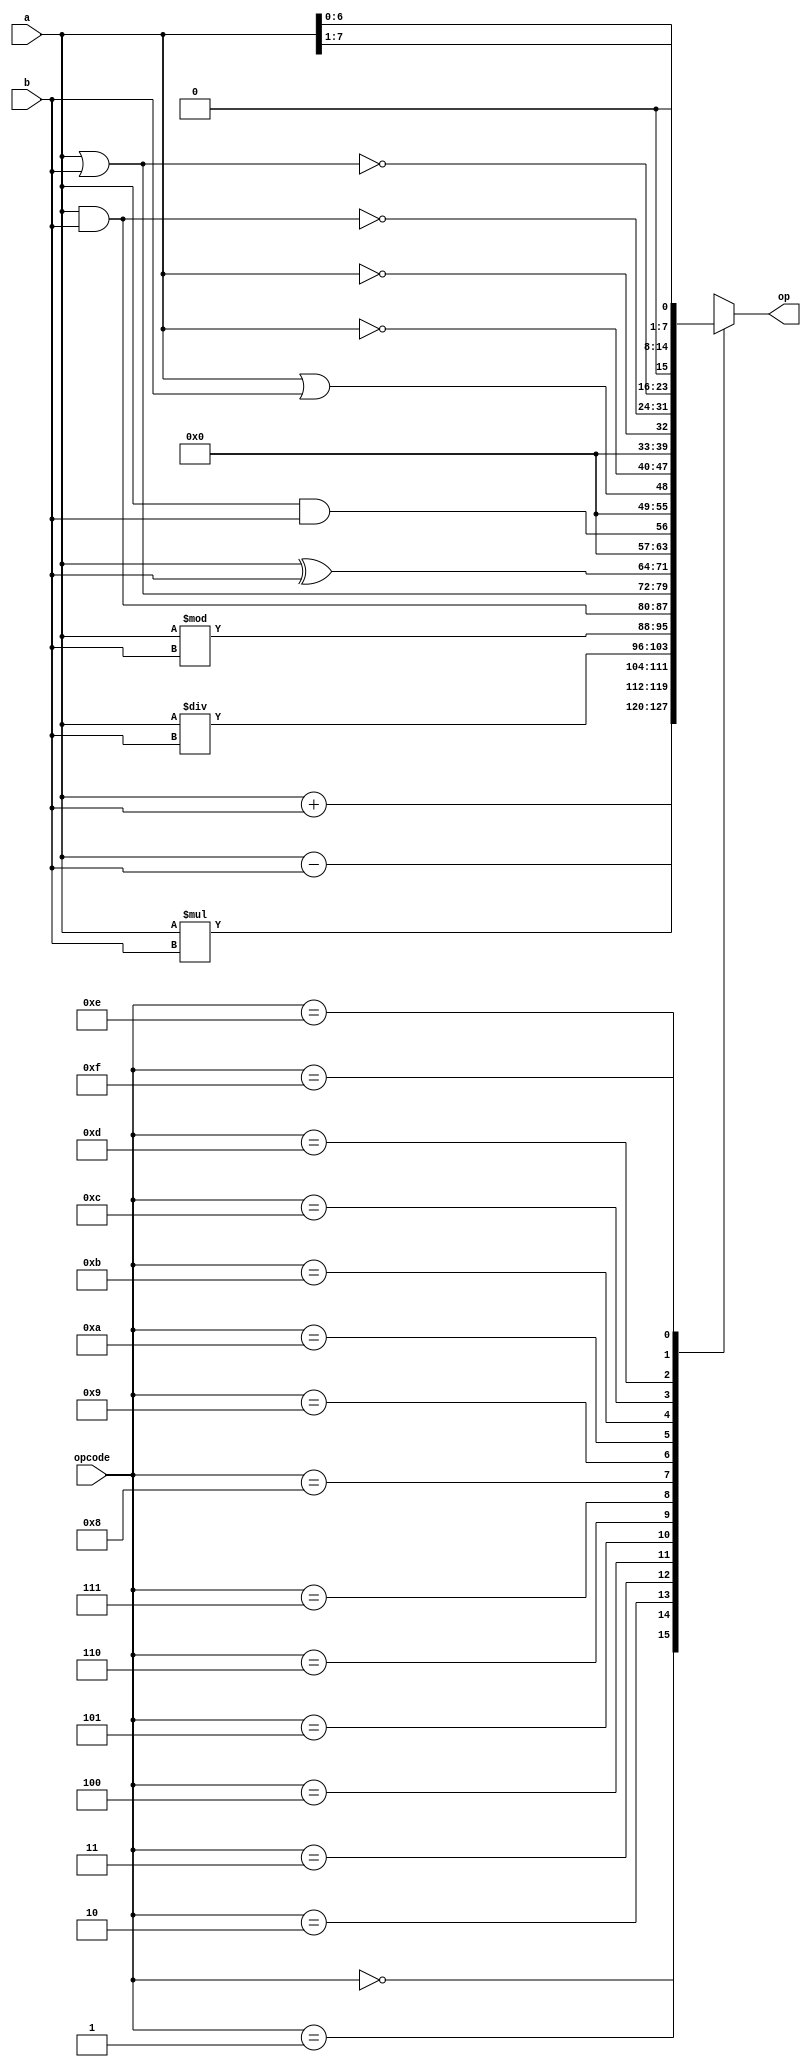
`timescale 1ns / 1ps
//////////////////////////////////////////////////////////////////////////////////
// Module: ALU - Arithmetic and Logic Unit
//
// Description: 
// -----------------------------------------------------------
// | 0000 | Addition
// -----------------------------------------------------------
// | 0001 | Substraction
// -----------------------------------------------------------
// | 0010 | Multiplication
// -----------------------------------------------------------
// | 0011 | Division
// -----------------------------------------------------------
// | 0100 | Modulo
// -----------------------------------------------------------
// | 0101 | Bit-Wise AND
// -----------------------------------------------------------
// | 0110 | Bit-Wise OR
// -----------------------------------------------------------
// | 0111 | Bit-Wise XOR
// -----------------------------------------------------------
// | 1000 | AND
// -----------------------------------------------------------
// | 1001 | OR
// -----------------------------------------------------------
// | 1010 | Bit-Wise Invert
// -----------------------------------------------------------
// | 1011 | Invert
// -----------------------------------------------------------
// | 1100 | Bit-Wise NAND
// -----------------------------------------------------------
// | 1101 | Bit-Wise NOR
// -----------------------------------------------------------
// | 1110 | Right Shift
// -----------------------------------------------------------
// | 1111 | Left Shift
// -----------------------------------------------------------
//
//////////////////////////////////////////////////////////////////////////////////
module ALU(op, a, b, opcode);

output reg [7:0] op;
input [7:0] a, b;
input [3:0] opcode;

always @(*)
begin
case (opcode)
	4'b0000:
		begin
		op = a + b;
		$display("Addition Operation: %d%d%d%d", opcode[3], opcode[2], opcode[1], opcode[0]);
		end
	4'b0001:
		begin
		op = a - b;
		$display("Substraction Operation: %d%d%d%d", opcode[3], opcode[2], opcode[1], opcode[0]);
		end
	4'b0010:
		begin
		op = a * b;
		$display("Multiplication Operation: %d%d%d%d", opcode[3], opcode[2], opcode[1], opcode[0]);
		end
	4'b0011:
		begin
		op = a / b;
		$display("Division Operation: %d%d%d%d", opcode[3], opcode[2], opcode[1], opcode[0]);
		end
	4'b0100:
		begin
		op = a % b;
		$display("Modulo Operation: %d%d%d%d", opcode[3], opcode[2], opcode[1], opcode[0]);
		end
	4'b0101:
		begin
		op = a & b;
		$display("Bit-Wise AND Operation: %d%d%d%d", opcode[3], opcode[2], opcode[1], opcode[0]);
		end
	4'b0110:
		begin
		op = a | b;
		$display("Bit-Wise OR Operation: %d%d%d%d", opcode[3], opcode[2], opcode[1], opcode[0]);
		end
	4'b0111:
		begin
		op = a ^ b;
		$display("Bit-Wise XOR Operation: %d%d%d%d", opcode[3], opcode[2], opcode[1], opcode[0]);
		end
	4'b1000:
		begin
		op = a && b;
		$display("AND Operation: %d%d%d%d", opcode[3], opcode[2], opcode[1], opcode[0]);
		end
	4'b1001:
		begin
		op = a || b;
		$display("OR Operation: %d%d%d%d", opcode[3], opcode[2], opcode[1], opcode[0]);
		end
	4'b1010:
		begin
		op = ~ a;
		$display("Bit-Wise Invert Operation: %d%d%d%d", opcode[3], opcode[2], opcode[1], opcode[0]);
		end
	4'b1011:
		begin
		op = ! a;
		$display("Invert Operation: %d%d%d%d", opcode[3], opcode[2], opcode[1], opcode[0]);
		end
	4'b1100:
		begin
		op = ~(a & b);
		$display("Bit-Wise NAND Operation: %d%d%d%d", opcode[3], opcode[2], opcode[1], opcode[0]);
		end
	4'b1101:
		begin
		op = ~(a | b);
		$display("Bit-Wise NOR Operation: %d%d%d%d", opcode[3], opcode[2], opcode[1], opcode[0]);
		end
	4'b1110:
		begin
		op = a >> 1;
		$display("Right Shift Operation: %d%d%d%d", opcode[3], opcode[2], opcode[1], opcode[0]);
		end
	4'b1111:
		begin
		op = a << 1;
		$display("Left Shift Operation: %d%d%d%d", opcode[3], opcode[2], opcode[1], opcode[0]);
		end
	default:
		op = 8'bXXXXXXXX;
	endcase
end
endmodule